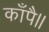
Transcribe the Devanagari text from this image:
काँपै॥